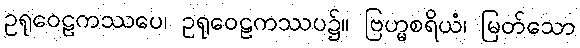
ဥရုဝေဠကဿပေ၊ ဥရုဝေဠကဿပ၌။ ဗြဟ္မစရိယံ၊ မြတ်သော